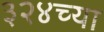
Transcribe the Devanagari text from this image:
३२४च्या